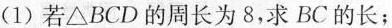
(1)若△BCD的周长为8，求BC的长；